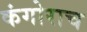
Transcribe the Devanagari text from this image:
कंगोराच